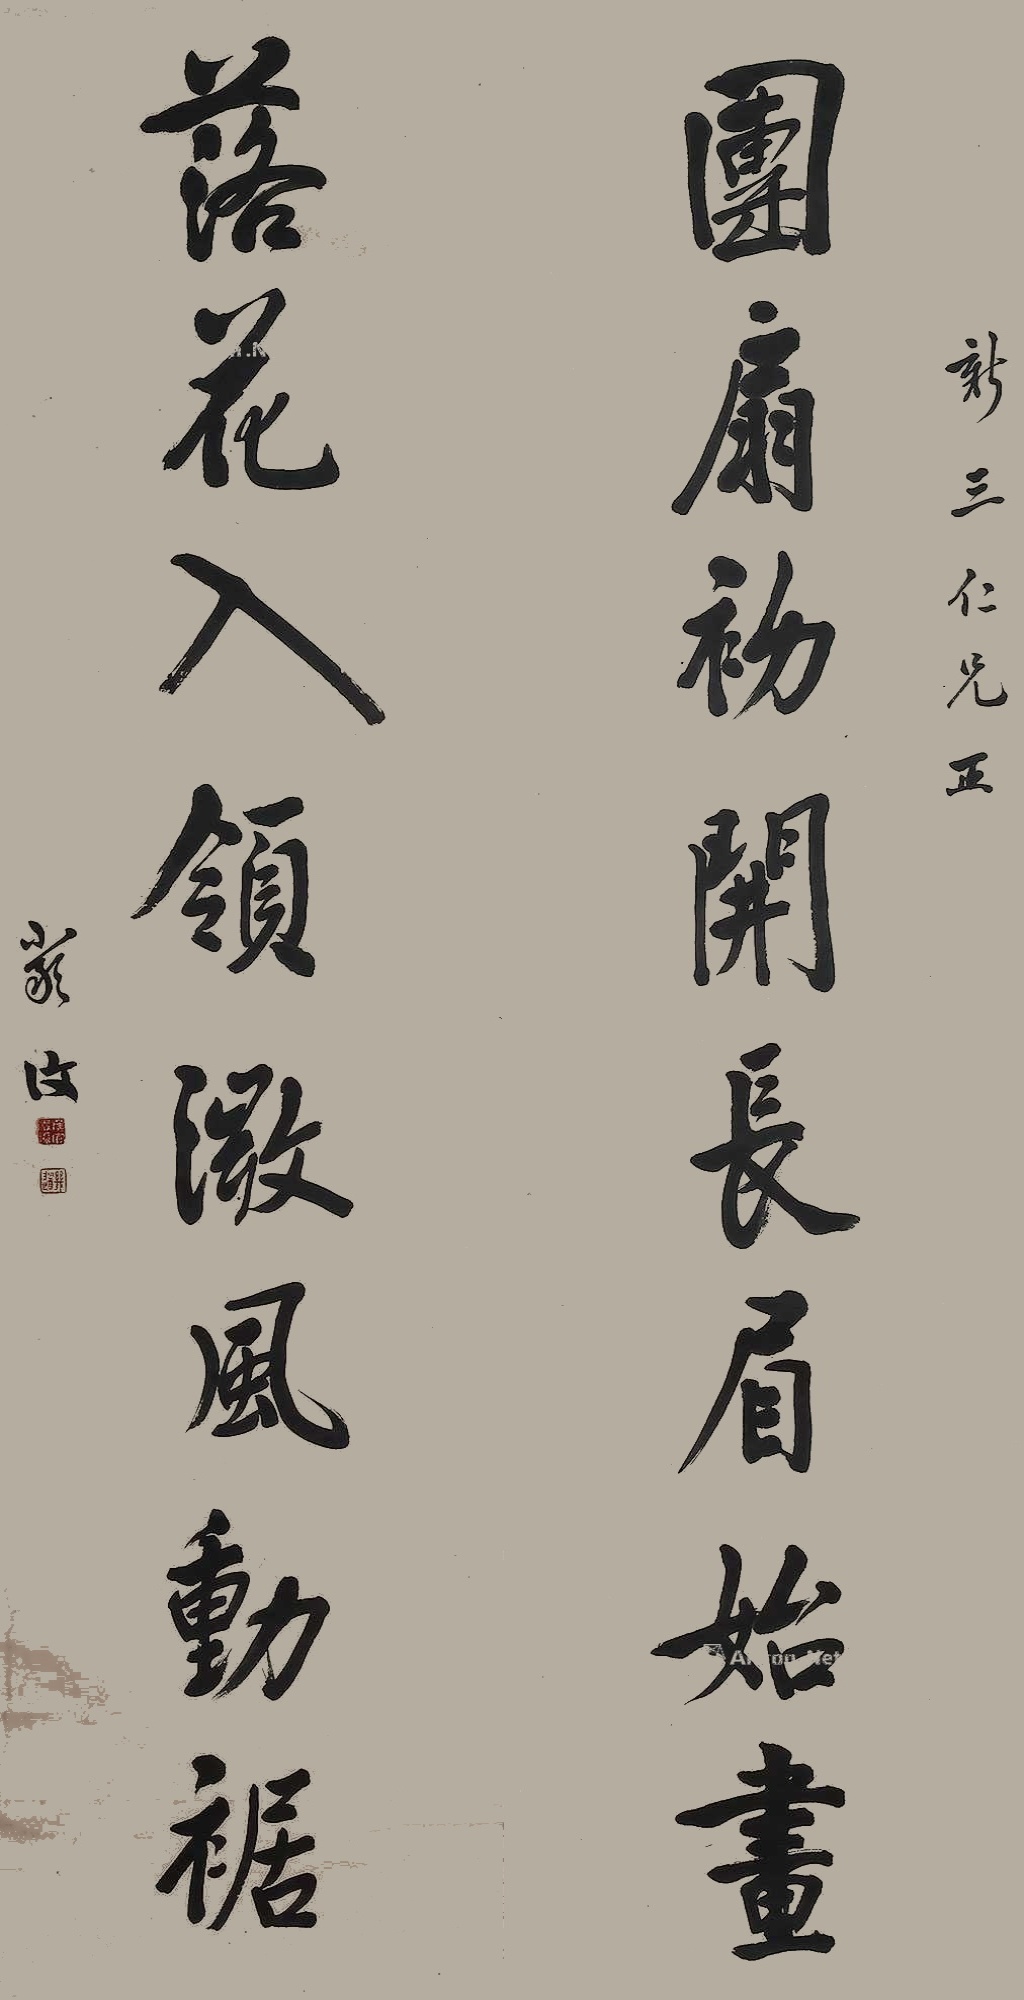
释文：团扇初开，长眉始画；落花入领，微风动裾。新三仁兄正，严复。